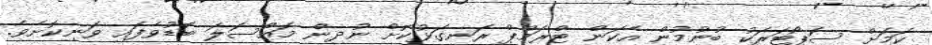
ކަމަށް ސަޕޯޓަރަކު ބުނުމުން އެކަން ޓްރަމްޕް ރަނގަޅުކޮށް ނުދިން މައްސަލަ ބޮޑުވެފައި ވަނިކޮށެވެ.